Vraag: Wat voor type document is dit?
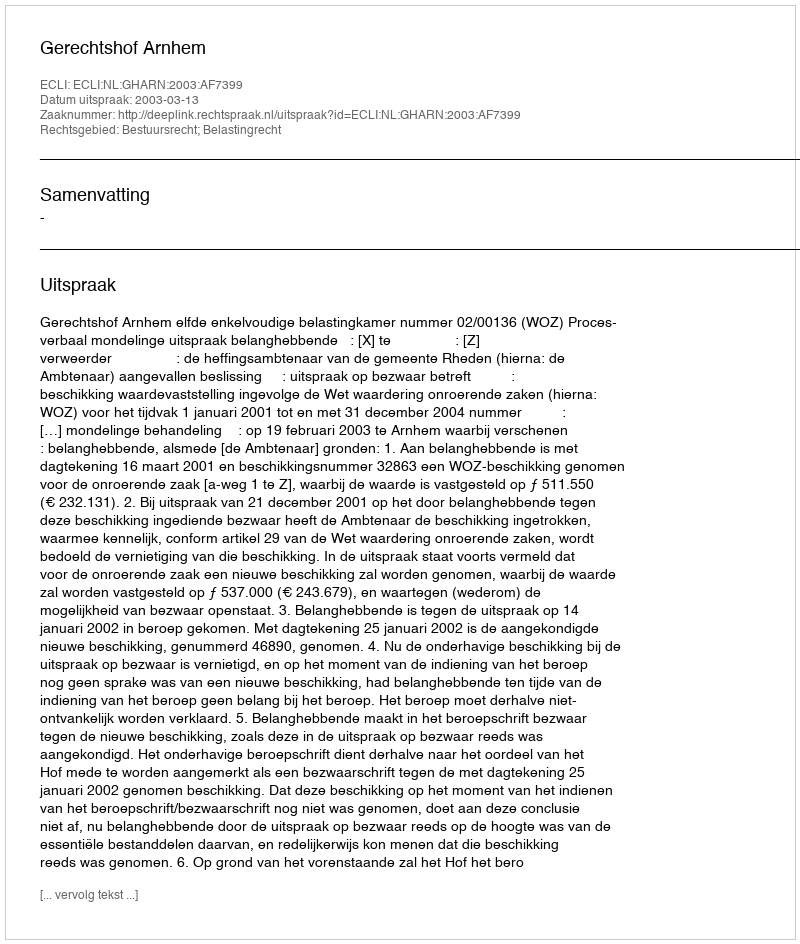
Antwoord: Uitspraak